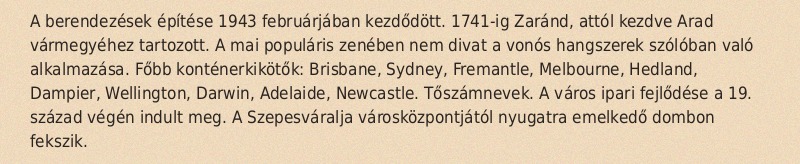
A berendezések építése 1943 februárjában kezdődött. 1741-ig Zaránd, attól kezdve Arad vármegyéhez tartozott. A mai populáris zenében nem divat a vonós hangszerek szólóban való alkalmazása. Főbb konténerkikötők: Brisbane, Sydney, Fremantle, Melbourne, Hedland, Dampier, Wellington, Darwin, Adelaide, Newcastle. Tőszámnevek. A város ipari fejlődése a 19. század végén indult meg. A Szepesváralja városközpontjától nyugatra emelkedő dombon fekszik.